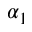
\alpha _ { 1 }